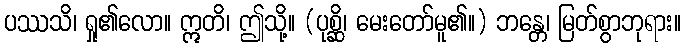
ပဿသိ၊ ရှု၏လော။ ဣတိ၊ ဤသို့။ (ပုစ္ဆိ၊ မေးတော်မူ၏။) ဘန္တေ၊ မြတ်စွာဘုရား။